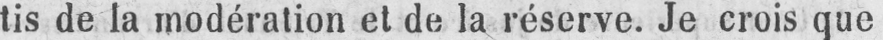
tis de la modération et de la réserve. Je crois que